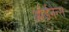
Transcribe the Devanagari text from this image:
ऑर्डनैन्स